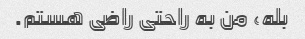
بله، من به راحتی راضی هستم.